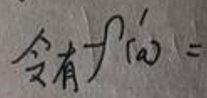
令有 \(f'(x)=\)